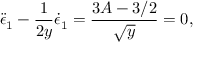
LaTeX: \ddot { \epsilon } _ { 1 } - \frac { 1 } { 2 y } \dot { \epsilon } _ { 1 } = \frac { 3 A - 3 / 2 } { \sqrt { y } } = 0 ,